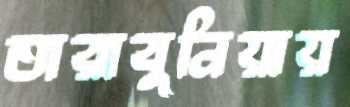
তারাবুনিয়ায়